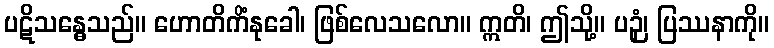
ပဋိသန္ဓေသည်။ ဟောတိကိံနုခေါ၊ ဖြစ်လေသလော။ ဣတိ၊ ဤသို့။ ပဉှံ၊ ပြဿနာကို။